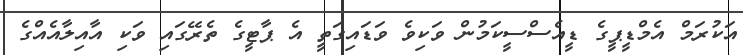
އަކުރަމް އެމްޑީޕީގެ ޑީއެސްސީކަމުން ވަކިވެ ވަޑައިގަތީ އެ ޕާޓީގެ ތެރޭގައި ވަކި އާއިލާއެއްގެ